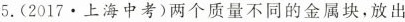
5.(2017·上海中考)两个质量不同的金属块，放出